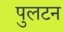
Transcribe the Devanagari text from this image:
पुलटन